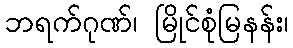
ဘရက်ဂုဏ်၊ မြိုင်စုံမြနန်း၊